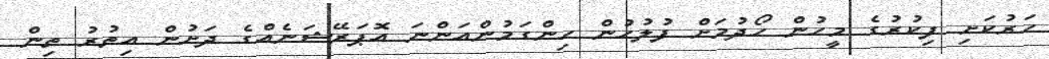
ހަރުކަށި ފިކުރުގެ މީހުން ހޯދުމަށް ފުލުހުން ހިންގަމުންއަންނަ އޮޕަރޭޝަނެއްގެ ދަށުން އިތުރު ތިން